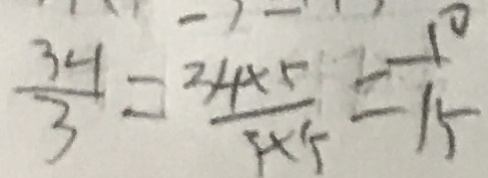
\frac { 3 4 } { 3 } = \frac { 3 4 \times 5 } { 5 \times 5 } = \frac { 1 0 } { 1 5 }